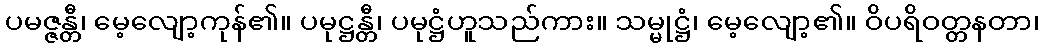
ပမဇ္ဇန္တီ၊ မေ့လျော့ကုန်၏။ ပမုဋ္ဌန္တီ၊ ပမုဋ္ဌံဟူသည်ကား။ သမ္မုဋ္ဌံ၊ မေ့လျော့၏။ ဝိပရိဝတ္တနတာ၊